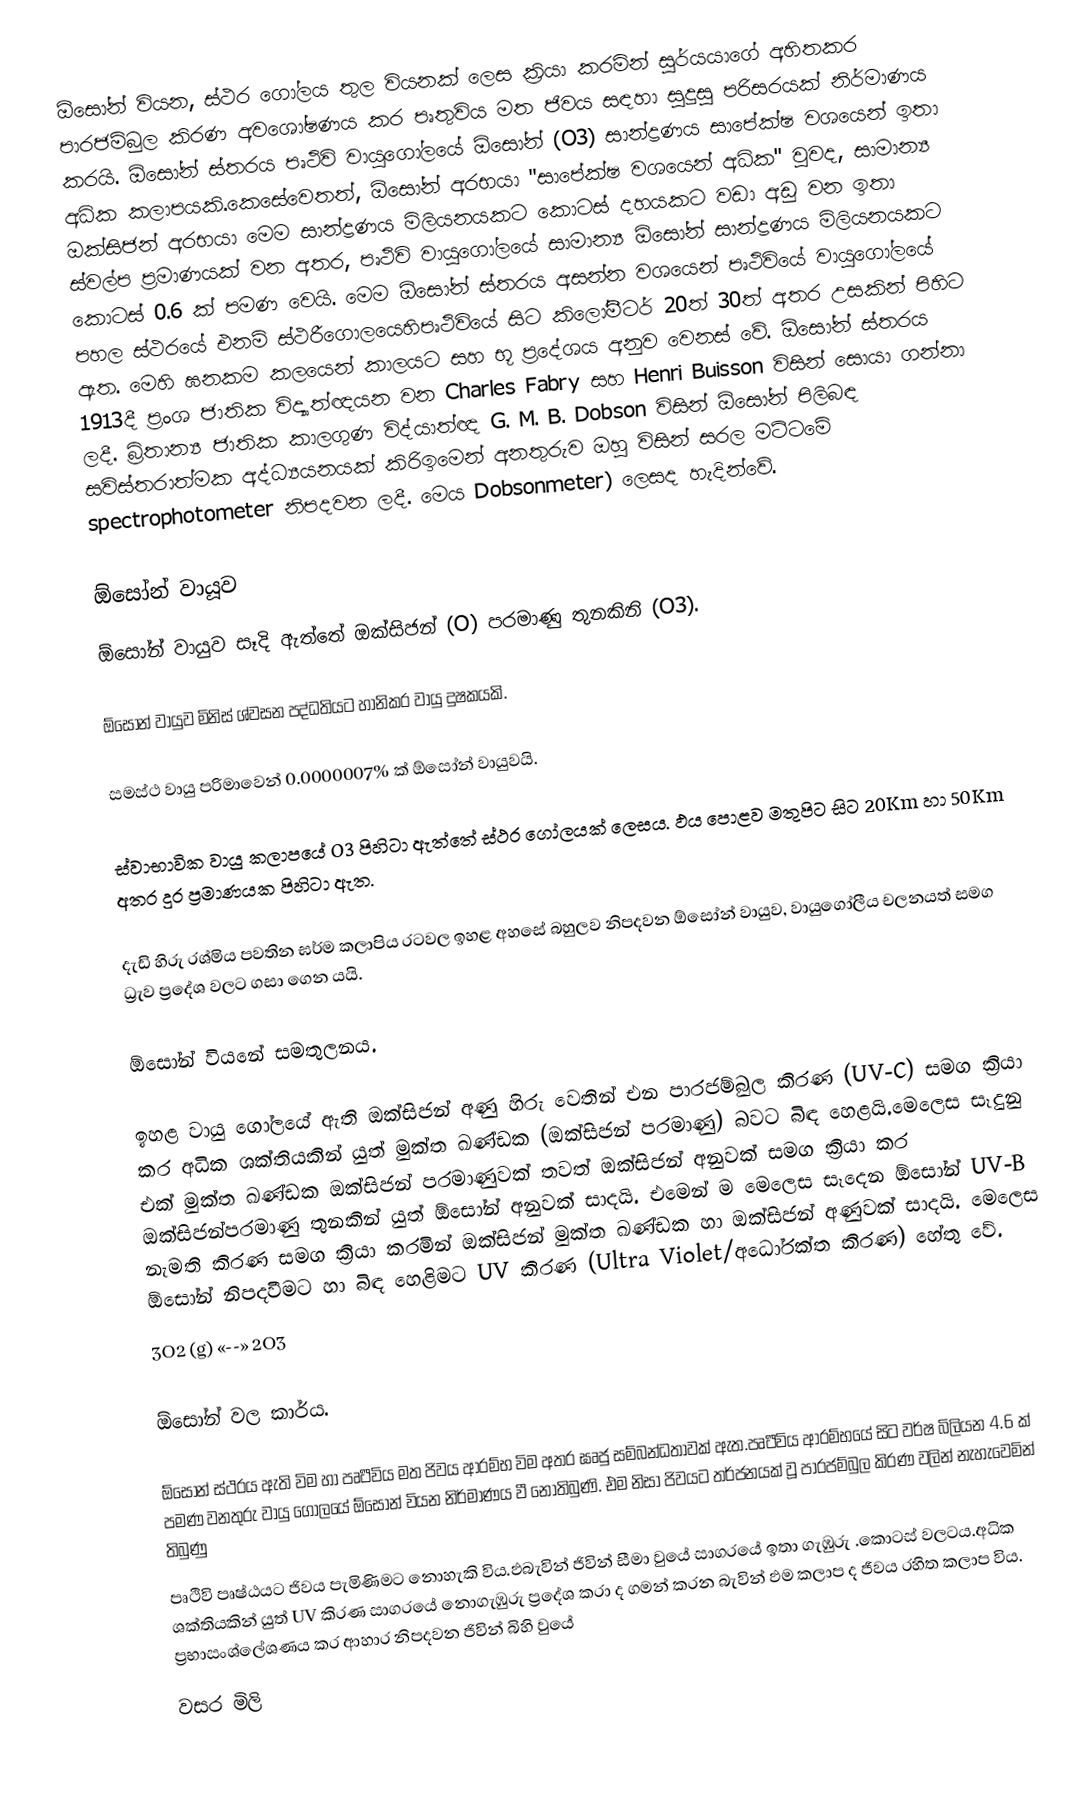
ඕසෝන් වියන, ස්ථර ගෝලය තුල වියනක් ලෙස ක්‍රියා කරමින් සුර්යයාගේ අහිතකර පාරජම්බුල කිරණ අවශෝෂණය කර පෘතුවිය මත ජිවය සඳහා සුදුසු පරිසරයක් නිර්මාණය කරයි. ඕසෝන් ස්තරය පෘථිවි වායුගෝලයේ ඕසෝන් (O3) සාන්ද්‍රණය සාපේක්ෂ වශයෙන් ඉතා අධික කලාපයකි.කෙසේවෙතත්, ඕසෝන් අරභයා "සාපේක්ෂ වශයෙන් අධික" වුවද, සාමාන්‍ය ඔක්සිජන් අරභයා මෙම සාන්ද්‍රණය මිලියනයකට කොටස් දහයකට වඩා අඩු වන ඉතා ස්වල්ප ප්‍රමාණයක් වන අතර, පෘථිවි වායුගෝලයේ සාමාන්‍ය ඕසෝන් සාන්ද්‍රණය මිලියනයකට කොටස් 0.6 ක් පමණ වෙයි. මෙම ඕසෝන් ස්තරය අසන්න වශයෙන් පෘථිවියේ වායුගෝලයේ පහල ස්ථරයේ එනම් ස්ථරීගොලයෙහිපෘථිවියේ සිට කිලෝමීටර් 20ත් 30ත් අතර උසකින් පිහිට ඇත. මෙහි ඝනකම කලයෙන් කාලයට සහ භූ ප්‍රදේශය අනුව වෙනස් වේ. ඕසෝන් ස්තරය 1913දී ප්‍රංශ ජාතික විද්‍යාත්ඥයන වන Charles Fabry සහ Henri Buisson විසින් සොයා ගන්නා ලදී. බ්‍රිතාන්‍ය ජාතික කාලගුණ විද්යාත්ඥ G. M. B. Dobson විසින් ඕසෝන් පිලිබඳ සවිස්තරාත්මක අද්ධ්‍යයනයක් කිරිඉමෙන් අනතුරුව ඔහු විසින් සරල මට්ටමේ spectrophotometer නිපදවන ලදී. මෙය Dobsonmeter) ලෙසද හැදින්වේ.

ඕසෝන් වායූව
 ඕසෝන් වායුව සෑදි ඇත්තේ ඔක්සිජන් (O) පරමාණු තුනකිනි (O3).

 ඕසෝන් වායුව මිනිස් ශ්වසන පද්ධතියට හානිකර වායු දුෂකයකි.

 සමස්ථ වායු පරිමාවෙන් 0.0000007% ක් ඕසෝන් වායුවයි.

 ස්වාභාවික වායු කලාපයේ O3 පිහිටා ඇත්තේ ස්ථර ගෝලයක් ලෙසය. ඵය පොළව මතුපිට සිට 20Km හා 50Km අතර දුර ප්‍රමාණයක පිහිටා ඇත.

 දැඩි හිරු රශ්මිය පවතින ඝර්ම කලාපිය රටවල ඉහළ අහසේ බහුලව නිපදවන ඕසෝන් වායුව, වායුගෝලීය චලනයත් සමග ධ්‍රැව ප්‍රදේශ වලට ගසා ගෙන යයි.

ඕසෝන් වියනේ සමතුලනය.

	ඉහළ වායු ගෝලයේ ඇති ඔක්සිජන් අණු හිරු වෙතින් එන පාරජම්බුල කිරණ (UV-C) සමග ක්‍රියා කර අධික ශක්තියකින් යුත් මුක්ත ඛණ්ඩක (ඔක්සිජන් පරමාණු) බවට බිඳ හෙළයි.මෙලෙස සෑදුනු එක් මුක්ත ඛණ්ඩක ඔක්සිජන් පරමාණුවක් තවත් ඔක්සිජන් අනුවක් සමග ක්‍රියා කර ඔක්සිජන්පරමාණු තුනකින් යුත් ඕසෝන් අනුවක් සාදයි. එමෙන් ම මෙලෙස සෑදෙන ඕසෝන් UV-B නැමති කිරණ සමග ක්‍රියා කරමින් ඔක්සිජන් මුක්ත ඛණ්ඩක හා ඔක්සිජන් අණුවක් සාදයි. මෙලෙස ඕසෝන් නිපදවීමට හා බිඳ හෙළිමට UV කිරණ (Ultra Violet/අධෝරක්ත කිරණ) හේතු වේ.
3O2 (g) «--» 2O3

ඕසෝන් වල කාර්ය.

	ඕසෝන් ස්ථරය ඇති විම හා පෘර්‍ථවිය මත ජිවය ආරම්භ විම අතර ඝෘජු සම්බන්ධතාවක් ඇත.පෘර්‍ථවිය ආරම්භයේ සිට වර්ෂ බිලියන 4.6 ක් පමණ වනතුරු වායු ගෝලයේ ඕසෝන් වියන නිර්මාණය වී නොතිබුණි. එම නිසා ජිවයට තර්ජනයක් වූ පාරජම්බුල කිරණ වලින් නැහැවෙමින් තිබුණු
පෘථිවි පෘෂ්ඨයට ජිවය පැමිණිමට නොහැකි විය.ඵබැවින් ජිවින් සීමා වුයේ සාගරයේ ඉතා ගැඹුරු .කොටස් වලටය.අධික ශක්තියකින් යුත් UV කිරණ සාගරයේ නොගැඹුරු ප්‍රදේශ කරා ද ගමන් කරන බැවින් ඵම කලාප ද ජීවය රහිත කලාප විය. ප්‍රභාසංශ්ලේශණය කර ආහාර නිපදවන ජිවින් බිහි වුයේ
වසර මිලි